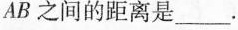
AB之间的距离是___。